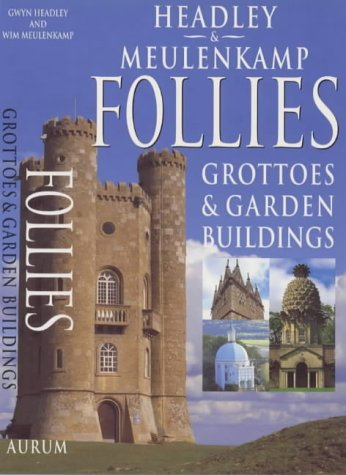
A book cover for Follies: Grottoes & Garden Buildings; Gwyn Headley; Crafts, Hobbies & Home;